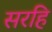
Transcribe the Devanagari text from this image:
सरहि